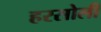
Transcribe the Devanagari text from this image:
हरसोली